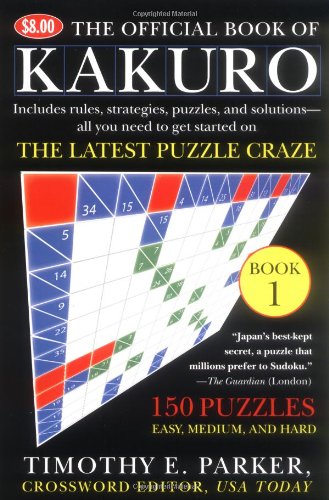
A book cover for The Official Book of Kakuro: Book 1; Timothy E. Parker; Humor & Entertainment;